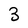
Character: 3